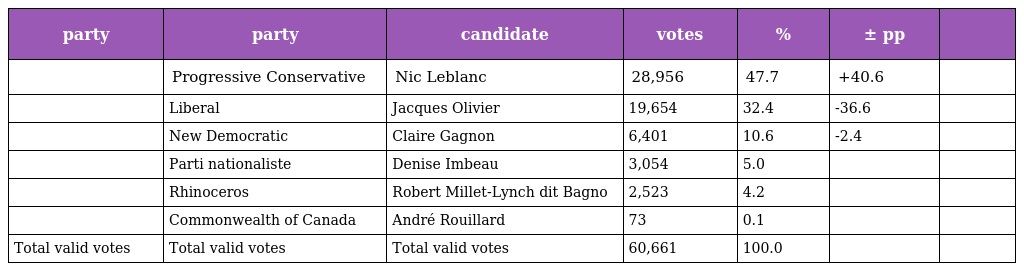
| party | party | candidate | votes | % | ± pp |  |
 | --- | --- | --- | --- | --- | --- | --- |
 |  | Progressive Conservative | Nic Leblanc | 28,956 | 47.7 | +40.6 |  |
 |  | Liberal | Jacques Olivier | 19,654 | 32.4 | -36.6 |  |
 |  | New Democratic | Claire Gagnon | 6,401 | 10.6 | -2.4 |  |
 |  | Parti nationaliste | Denise Imbeau | 3,054 | 5.0 |  |  |
 |  | Rhinoceros | Robert Millet-Lynch dit Bagno | 2,523 | 4.2 |  |  |
 |  | Commonwealth of Canada | André Rouillard | 73 | 0.1 |  |  |
 | Total valid votes | Total valid votes | Total valid votes | 60,661 | 100.0 |  |  |